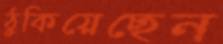
ঠুকিয়েছেন